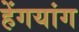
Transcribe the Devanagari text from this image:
हेंगयांग